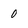
Character: 0